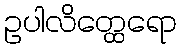
ဥပါလိတ္ထေရော